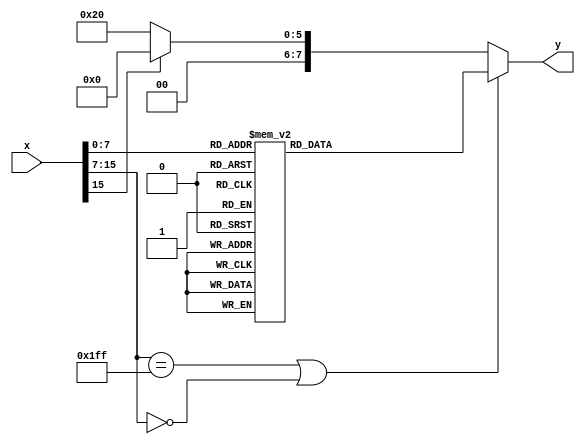
module SigmoidTable(
	input [15:0] x,
	output reg [7:0] y
);

always @(*) begin
	if(x[15:7]==9'h1FF || x[15:7]==9'h000)begin
		case(x[7:0])
			8'h00 : y = 8'h10;		// Float Value -> 0.5
			8'h01 : y = 8'h10;		// Float Value -> 0.5
			8'h02 : y = 8'h10;		// Float Value -> 0.5
			8'h03 : y = 8'h10;		// Float Value -> 0.5
			8'h04 : y = 8'h10;		// Float Value -> 0.5
			8'h05 : y = 8'h11;		// Float Value -> 0.53125
			8'h06 : y = 8'h11;		// Float Value -> 0.53125
			8'h07 : y = 8'h11;		// Float Value -> 0.53125
			8'h08 : y = 8'h11;		// Float Value -> 0.53125
			8'h09 : y = 8'h12;		// Float Value -> 0.5625
			8'h0A : y = 8'h12;		// Float Value -> 0.5625
			8'h0B : y = 8'h12;		// Float Value -> 0.5625
			8'h0C : y = 8'h12;		// Float Value -> 0.5625
			8'h0D : y = 8'h13;		// Float Value -> 0.59375
			8'h0E : y = 8'h13;		// Float Value -> 0.59375
			8'h0F : y = 8'h13;		// Float Value -> 0.59375
			8'h10 : y = 8'h13;		// Float Value -> 0.59375
			8'h11 : y = 8'h14;		// Float Value -> 0.625
			8'h12 : y = 8'h14;		// Float Value -> 0.625
			8'h13 : y = 8'h14;		// Float Value -> 0.625
			8'h14 : y = 8'h14;		// Float Value -> 0.625
			8'h15 : y = 8'h15;		// Float Value -> 0.65625
			8'h16 : y = 8'h15;		// Float Value -> 0.65625
			8'h17 : y = 8'h15;		// Float Value -> 0.65625
			8'h18 : y = 8'h15;		// Float Value -> 0.65625
			8'h19 : y = 8'h15;		// Float Value -> 0.65625
			8'h1A : y = 8'h16;		// Float Value -> 0.6875
			8'h1B : y = 8'h16;		// Float Value -> 0.6875
			8'h1C : y = 8'h16;		// Float Value -> 0.6875
			8'h1D : y = 8'h16;		// Float Value -> 0.6875
			8'h1E : y = 8'h16;		// Float Value -> 0.6875
			8'h1F : y = 8'h17;		// Float Value -> 0.71875
			8'h20 : y = 8'h17;		// Float Value -> 0.71875
			8'h21 : y = 8'h17;		// Float Value -> 0.71875
			8'h22 : y = 8'h17;		// Float Value -> 0.71875
			8'h23 : y = 8'h17;		// Float Value -> 0.71875
			8'h24 : y = 8'h18;		// Float Value -> 0.75
			8'h25 : y = 8'h18;		// Float Value -> 0.75
			8'h26 : y = 8'h18;		// Float Value -> 0.75
			8'h27 : y = 8'h18;		// Float Value -> 0.75
			8'h28 : y = 8'h18;		// Float Value -> 0.75
			8'h29 : y = 8'h19;		// Float Value -> 0.78125
			8'h2A : y = 8'h19;		// Float Value -> 0.78125
			8'h2B : y = 8'h19;		// Float Value -> 0.78125
			8'h2C : y = 8'h19;		// Float Value -> 0.78125
			8'h2D : y = 8'h19;		// Float Value -> 0.78125
			8'h2E : y = 8'h19;		// Float Value -> 0.78125
			8'h2F : y = 8'h1A;		// Float Value -> 0.8125
			8'h30 : y = 8'h1A;		// Float Value -> 0.8125
			8'h31 : y = 8'h1A;		// Float Value -> 0.8125
			8'h32 : y = 8'h1A;		// Float Value -> 0.8125
			8'h33 : y = 8'h1A;		// Float Value -> 0.8125
			8'h34 : y = 8'h1A;		// Float Value -> 0.8125
			8'h35 : y = 8'h1A;		// Float Value -> 0.8125
			8'h36 : y = 8'h1B;		// Float Value -> 0.84375
			8'h37 : y = 8'h1B;		// Float Value -> 0.84375
			8'h38 : y = 8'h1B;		// Float Value -> 0.84375
			8'h39 : y = 8'h1B;		// Float Value -> 0.84375
			8'h3A : y = 8'h1B;		// Float Value -> 0.84375
			8'h3B : y = 8'h1B;		// Float Value -> 0.84375
			8'h3C : y = 8'h1B;		// Float Value -> 0.84375
			8'h3D : y = 8'h1B;		// Float Value -> 0.84375
			8'h3E : y = 8'h1B;		// Float Value -> 0.84375
			8'h3F : y = 8'h1C;		// Float Value -> 0.875
			8'h40 : y = 8'h1C;		// Float Value -> 0.875
			8'h41 : y = 8'h1C;		// Float Value -> 0.875
			8'h42 : y = 8'h1C;		// Float Value -> 0.875
			8'h43 : y = 8'h1C;		// Float Value -> 0.875
			8'h44 : y = 8'h1C;		// Float Value -> 0.875
			8'h45 : y = 8'h1C;		// Float Value -> 0.875
			8'h46 : y = 8'h1C;		// Float Value -> 0.875
			8'h47 : y = 8'h1C;		// Float Value -> 0.875
			8'h48 : y = 8'h1C;		// Float Value -> 0.875
			8'h49 : y = 8'h1D;		// Float Value -> 0.90625
			8'h4A : y = 8'h1D;		// Float Value -> 0.90625
			8'h4B : y = 8'h1D;		// Float Value -> 0.90625
			8'h4C : y = 8'h1D;		// Float Value -> 0.90625
			8'h4D : y = 8'h1D;		// Float Value -> 0.90625
			8'h4E : y = 8'h1D;		// Float Value -> 0.90625
			8'h4F : y = 8'h1D;		// Float Value -> 0.90625
			8'h50 : y = 8'h1D;		// Float Value -> 0.90625
			8'h51 : y = 8'h1D;		// Float Value -> 0.90625
			8'h52 : y = 8'h1D;		// Float Value -> 0.90625
			8'h53 : y = 8'h1D;		// Float Value -> 0.90625
			8'h54 : y = 8'h1D;		// Float Value -> 0.90625
			8'h55 : y = 8'h1D;		// Float Value -> 0.90625
			8'h56 : y = 8'h1D;		// Float Value -> 0.90625
			8'h57 : y = 8'h1E;		// Float Value -> 0.9375
			8'h58 : y = 8'h1E;		// Float Value -> 0.9375
			8'h59 : y = 8'h1E;		// Float Value -> 0.9375
			8'h5A : y = 8'h1E;		// Float Value -> 0.9375
			8'h5B : y = 8'h1E;		// Float Value -> 0.9375
			8'h5C : y = 8'h1E;		// Float Value -> 0.9375
			8'h5D : y = 8'h1E;		// Float Value -> 0.9375
			8'h5E : y = 8'h1E;		// Float Value -> 0.9375
			8'h5F : y = 8'h1E;		// Float Value -> 0.9375
			8'h60 : y = 8'h1E;		// Float Value -> 0.9375
			8'h61 : y = 8'h1E;		// Float Value -> 0.9375
			8'h62 : y = 8'h1E;		// Float Value -> 0.9375
			8'h63 : y = 8'h1E;		// Float Value -> 0.9375
			8'h64 : y = 8'h1E;		// Float Value -> 0.9375
			8'h65 : y = 8'h1E;		// Float Value -> 0.9375
			8'h66 : y = 8'h1E;		// Float Value -> 0.9375
			8'h67 : y = 8'h1E;		// Float Value -> 0.9375
			8'h68 : y = 8'h1E;		// Float Value -> 0.9375
			8'h69 : y = 8'h1E;		// Float Value -> 0.9375
			8'h6A : y = 8'h1E;		// Float Value -> 0.9375
			8'h6B : y = 8'h1E;		// Float Value -> 0.9375
			8'h6C : y = 8'h1E;		// Float Value -> 0.9375
			8'h6D : y = 8'h1E;		// Float Value -> 0.9375
			8'h6E : y = 8'h1F;		// Float Value -> 0.96875
			8'h6F : y = 8'h1F;		// Float Value -> 0.96875
			8'h70 : y = 8'h1F;		// Float Value -> 0.96875
			8'h71 : y = 8'h1F;		// Float Value -> 0.96875
			8'h72 : y = 8'h1F;		// Float Value -> 0.96875
			8'h73 : y = 8'h1F;		// Float Value -> 0.96875
			8'h74 : y = 8'h1F;		// Float Value -> 0.96875
			8'h75 : y = 8'h1F;		// Float Value -> 0.96875
			8'h76 : y = 8'h1F;		// Float Value -> 0.96875
			8'h77 : y = 8'h1F;		// Float Value -> 0.96875
			8'h78 : y = 8'h1F;		// Float Value -> 0.96875
			8'h79 : y = 8'h1F;		// Float Value -> 0.96875
			8'h7A : y = 8'h1F;		// Float Value -> 0.96875
			8'h7B : y = 8'h1F;		// Float Value -> 0.96875
			8'h7C : y = 8'h1F;		// Float Value -> 0.96875
			8'h7D : y = 8'h1F;		// Float Value -> 0.96875
			8'h7E : y = 8'h1F;		// Float Value -> 0.96875
			8'h7F : y = 8'h1F;		// Float Value -> 0.96875
			8'h80 : y = 8'h00;		// Float Value -> 0.0
			8'h81 : y = 8'h00;		// Float Value -> 0.0
			8'h82 : y = 8'h00;		// Float Value -> 0.0
			8'h83 : y = 8'h00;		// Float Value -> 0.0
			8'h84 : y = 8'h00;		// Float Value -> 0.0
			8'h85 : y = 8'h00;		// Float Value -> 0.0
			8'h86 : y = 8'h00;		// Float Value -> 0.0
			8'h87 : y = 8'h00;		// Float Value -> 0.0
			8'h88 : y = 8'h00;		// Float Value -> 0.0
			8'h89 : y = 8'h00;		// Float Value -> 0.0
			8'h8A : y = 8'h00;		// Float Value -> 0.0
			8'h8B : y = 8'h00;		// Float Value -> 0.0
			8'h8C : y = 8'h00;		// Float Value -> 0.0
			8'h8D : y = 8'h00;		// Float Value -> 0.0
			8'h8E : y = 8'h00;		// Float Value -> 0.0
			8'h8F : y = 8'h00;		// Float Value -> 0.0
			8'h90 : y = 8'h00;		// Float Value -> 0.0
			8'h91 : y = 8'h00;		// Float Value -> 0.0
			8'h92 : y = 8'h00;		// Float Value -> 0.0
			8'h93 : y = 8'h01;		// Float Value -> 0.03125
			8'h94 : y = 8'h01;		// Float Value -> 0.03125
			8'h95 : y = 8'h01;		// Float Value -> 0.03125
			8'h96 : y = 8'h01;		// Float Value -> 0.03125
			8'h97 : y = 8'h01;		// Float Value -> 0.03125
			8'h98 : y = 8'h01;		// Float Value -> 0.03125
			8'h99 : y = 8'h01;		// Float Value -> 0.03125
			8'h9A : y = 8'h01;		// Float Value -> 0.03125
			8'h9B : y = 8'h01;		// Float Value -> 0.03125
			8'h9C : y = 8'h01;		// Float Value -> 0.03125
			8'h9D : y = 8'h01;		// Float Value -> 0.03125
			8'h9E : y = 8'h01;		// Float Value -> 0.03125
			8'h9F : y = 8'h01;		// Float Value -> 0.03125
			8'hA0 : y = 8'h01;		// Float Value -> 0.03125
			8'hA1 : y = 8'h01;		// Float Value -> 0.03125
			8'hA2 : y = 8'h01;		// Float Value -> 0.03125
			8'hA3 : y = 8'h01;		// Float Value -> 0.03125
			8'hA4 : y = 8'h01;		// Float Value -> 0.03125
			8'hA5 : y = 8'h01;		// Float Value -> 0.03125
			8'hA6 : y = 8'h01;		// Float Value -> 0.03125
			8'hA7 : y = 8'h01;		// Float Value -> 0.03125
			8'hA8 : y = 8'h01;		// Float Value -> 0.03125
			8'hA9 : y = 8'h01;		// Float Value -> 0.03125
			8'hAA : y = 8'h02;		// Float Value -> 0.0625
			8'hAB : y = 8'h02;		// Float Value -> 0.0625
			8'hAC : y = 8'h02;		// Float Value -> 0.0625
			8'hAD : y = 8'h02;		// Float Value -> 0.0625
			8'hAE : y = 8'h02;		// Float Value -> 0.0625
			8'hAF : y = 8'h02;		// Float Value -> 0.0625
			8'hB0 : y = 8'h02;		// Float Value -> 0.0625
			8'hB1 : y = 8'h02;		// Float Value -> 0.0625
			8'hB2 : y = 8'h02;		// Float Value -> 0.0625
			8'hB3 : y = 8'h02;		// Float Value -> 0.0625
			8'hB4 : y = 8'h02;		// Float Value -> 0.0625
			8'hB5 : y = 8'h02;		// Float Value -> 0.0625
			8'hB6 : y = 8'h02;		// Float Value -> 0.0625
			8'hB7 : y = 8'h02;		// Float Value -> 0.0625
			8'hB8 : y = 8'h03;		// Float Value -> 0.09375
			8'hB9 : y = 8'h03;		// Float Value -> 0.09375
			8'hBA : y = 8'h03;		// Float Value -> 0.09375
			8'hBB : y = 8'h03;		// Float Value -> 0.09375
			8'hBC : y = 8'h03;		// Float Value -> 0.09375
			8'hBD : y = 8'h03;		// Float Value -> 0.09375
			8'hBE : y = 8'h03;		// Float Value -> 0.09375
			8'hBF : y = 8'h03;		// Float Value -> 0.09375
			8'hC0 : y = 8'h03;		// Float Value -> 0.09375
			8'hC1 : y = 8'h03;		// Float Value -> 0.09375
			8'hC2 : y = 8'h04;		// Float Value -> 0.125
			8'hC3 : y = 8'h04;		// Float Value -> 0.125
			8'hC4 : y = 8'h04;		// Float Value -> 0.125
			8'hC5 : y = 8'h04;		// Float Value -> 0.125
			8'hC6 : y = 8'h04;		// Float Value -> 0.125
			8'hC7 : y = 8'h04;		// Float Value -> 0.125
			8'hC8 : y = 8'h04;		// Float Value -> 0.125
			8'hC9 : y = 8'h04;		// Float Value -> 0.125
			8'hCA : y = 8'h04;		// Float Value -> 0.125
			8'hCB : y = 8'h05;		// Float Value -> 0.15625
			8'hCC : y = 8'h05;		// Float Value -> 0.15625
			8'hCD : y = 8'h05;		// Float Value -> 0.15625
			8'hCE : y = 8'h05;		// Float Value -> 0.15625
			8'hCF : y = 8'h05;		// Float Value -> 0.15625
			8'hD0 : y = 8'h05;		// Float Value -> 0.15625
			8'hD1 : y = 8'h05;		// Float Value -> 0.15625
			8'hD2 : y = 8'h06;		// Float Value -> 0.1875
			8'hD3 : y = 8'h06;		// Float Value -> 0.1875
			8'hD4 : y = 8'h06;		// Float Value -> 0.1875
			8'hD5 : y = 8'h06;		// Float Value -> 0.1875
			8'hD6 : y = 8'h06;		// Float Value -> 0.1875
			8'hD7 : y = 8'h06;		// Float Value -> 0.1875
			8'hD8 : y = 8'h07;		// Float Value -> 0.21875
			8'hD9 : y = 8'h07;		// Float Value -> 0.21875
			8'hDA : y = 8'h07;		// Float Value -> 0.21875
			8'hDB : y = 8'h07;		// Float Value -> 0.21875
			8'hDC : y = 8'h07;		// Float Value -> 0.21875
			8'hDD : y = 8'h08;		// Float Value -> 0.25
			8'hDE : y = 8'h08;		// Float Value -> 0.25
			8'hDF : y = 8'h08;		// Float Value -> 0.25
			8'hE0 : y = 8'h08;		// Float Value -> 0.25
			8'hE1 : y = 8'h08;		// Float Value -> 0.25
			8'hE2 : y = 8'h09;		// Float Value -> 0.28125
			8'hE3 : y = 8'h09;		// Float Value -> 0.28125
			8'hE4 : y = 8'h09;		// Float Value -> 0.28125
			8'hE5 : y = 8'h09;		// Float Value -> 0.28125
			8'hE6 : y = 8'h09;		// Float Value -> 0.28125
			8'hE7 : y = 8'h0A;		// Float Value -> 0.3125
			8'hE8 : y = 8'h0A;		// Float Value -> 0.3125
			8'hE9 : y = 8'h0A;		// Float Value -> 0.3125
			8'hEA : y = 8'h0A;		// Float Value -> 0.3125
			8'hEB : y = 8'h0A;		// Float Value -> 0.3125
			8'hEC : y = 8'h0B;		// Float Value -> 0.34375
			8'hED : y = 8'h0B;		// Float Value -> 0.34375
			8'hEE : y = 8'h0B;		// Float Value -> 0.34375
			8'hEF : y = 8'h0B;		// Float Value -> 0.34375
			8'hF0 : y = 8'h0C;		// Float Value -> 0.375
			8'hF1 : y = 8'h0C;		// Float Value -> 0.375
			8'hF2 : y = 8'h0C;		// Float Value -> 0.375
			8'hF3 : y = 8'h0C;		// Float Value -> 0.375
			8'hF4 : y = 8'h0D;		// Float Value -> 0.40625
			8'hF5 : y = 8'h0D;		// Float Value -> 0.40625
			8'hF6 : y = 8'h0D;		// Float Value -> 0.40625
			8'hF7 : y = 8'h0D;		// Float Value -> 0.40625
			8'hF8 : y = 8'h0E;		// Float Value -> 0.4375
			8'hF9 : y = 8'h0E;		// Float Value -> 0.4375
			8'hFA : y = 8'h0E;		// Float Value -> 0.4375
			8'hFB : y = 8'h0E;		// Float Value -> 0.4375
			8'hFC : y = 8'h0F;		// Float Value -> 0.46875
			8'hFD : y = 8'h0F;		// Float Value -> 0.46875
			8'hFE : y = 8'h0F;		// Float Value -> 0.46875
			8'hFF : y = 8'h0F;		// Float Value -> 0.46875
			default : y = 8'h00;
		endcase
	end
	else begin
		if(x[15])begin
			y = 8'h00;
		end	
		else begin 		
			y = 8'h20;
		end
	end
end
endmodule